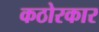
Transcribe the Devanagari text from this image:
कठोरकार